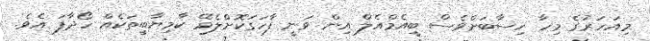
މިއަހަރުގެ މިހާ ހިސާބަށްވެސް ބީއެމްއެލް އިން ވަނީ ފާހަގަކޮށްލެވޭ ކާމިޔާބީތަކެއް ހޯދާފަ އެވެ.